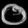
Digit: ၀